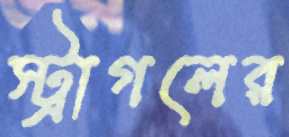
স্ট্রাগলের